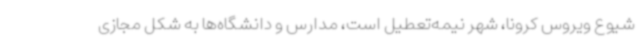
شیوع ویروس کرونا، شهر نیمه‌تعطیل است، مدارس و دانشگاه‌ها به شکل مجازی